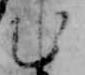
む